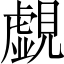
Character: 覷